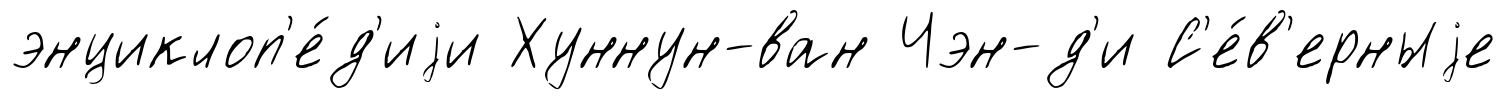
энциклоп'е́д'иjи Хуннун-ван Чэн-д'и С'е́в'ерныjе